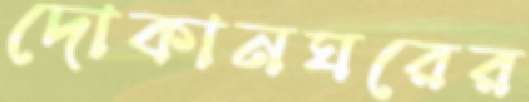
দোকানঘরের